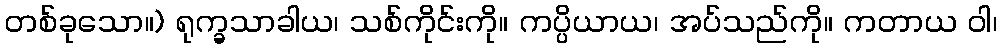
တစ်ခုသော။) ရုက္ခသာခါယ၊ သစ်ကိုင်းကို။ ကပ္ပိယာယ၊ အပ်သည်ကို။ ကတာယ ဝါ၊